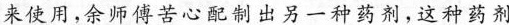
来使用，余师傅苦心配制出另一种药剂，这种药剂